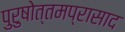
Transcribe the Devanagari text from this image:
पुरुषोत्तमप्रासाद